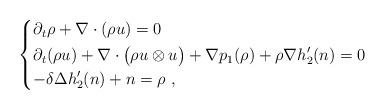
LaTeX: \begin{align*} \begin{dcases} \partial_t \rho + \nabla \cdot (\rho u) = 0 \\ \partial_t (\rho u) + \nabla \cdot \big(\rho u\otimes u\big) + \nabla p_1(\rho) + \rho \nabla h_2^\prime(n) = 0 \\ -\delta \Delta h_2^\prime(n) + n = \rho \ , \end{dcases}\end{align*}